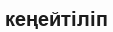
кеңейтіліп